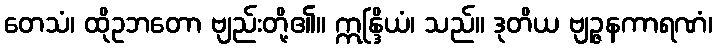
တေသံ၊ ထိုဥဘတော ဗျည်းတို့၏။ ဣန္ဒြိယံ၊ သည်။ ဒုတိယ ဗျဉ္ဇနကာရဏံ၊